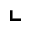
\llcorner